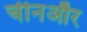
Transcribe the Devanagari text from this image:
चीनऔर